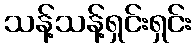
သန့်သန့်ရှင်းရှင်း